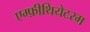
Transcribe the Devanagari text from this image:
एम्फ़ीथियेटरम